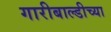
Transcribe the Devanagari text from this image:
गारीबाल्डीच्या